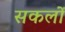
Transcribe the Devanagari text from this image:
सकलों